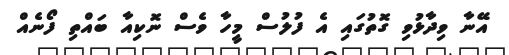
އޭނާ ވިދާޅުވި ގޮތުގައި އެ ފުލުސް މީހާ ވެސް ނޮކިއާ ބައްތި ފޯނެއް